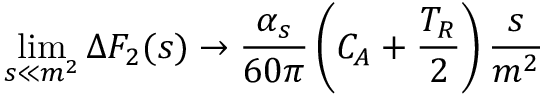
\operatorname * { l i m } _ { s \ll m ^ { 2 } } \Delta F _ { 2 } ( s ) \to \frac { \alpha _ { s } } { 6 0 \pi } \left( C _ { A } + \frac { T _ { R } } { 2 } \right) \frac { s } { m ^ { 2 } }